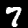
Digit: 7